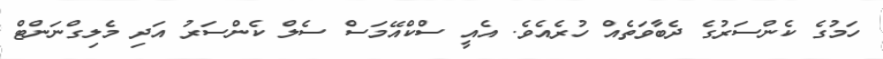
ހަމުގެ ކެންސަރުގެ ދެބާވަތެއް ހުރެއެވެ. އެއީ ސްކްއޭމަސް ސެލް ކެންސަރު އަދި މެލިގްނަންޓް